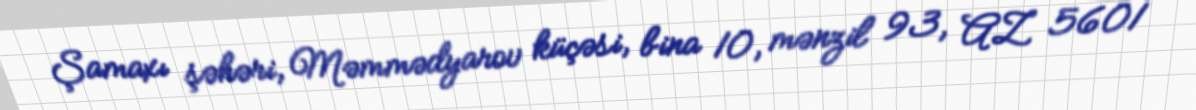
Şamaxı şəhəri, Məmmədyarov küçəsi, bina 10, mənzil 93, AZ 5601